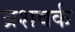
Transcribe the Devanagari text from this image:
ब्रशवर्क